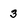
Character: 3